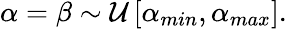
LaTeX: \begin{array}{r}{\alpha=\beta\sim\mathcal{U}\left[\alpha_{min},\alpha_{max}\right].}\end{array}